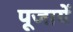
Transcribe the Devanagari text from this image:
पूजायें